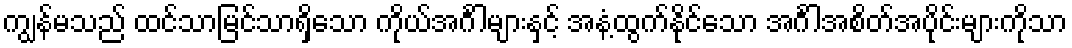
ကျွန်မသည် ထင်သာမြင်သာရှိသော ကိုယ်အင်္ဂါများနှင့် အနံ့ထွက်နိုင်သော အင်္ဂါအစိတ်အပိုင်းများကိုသာ